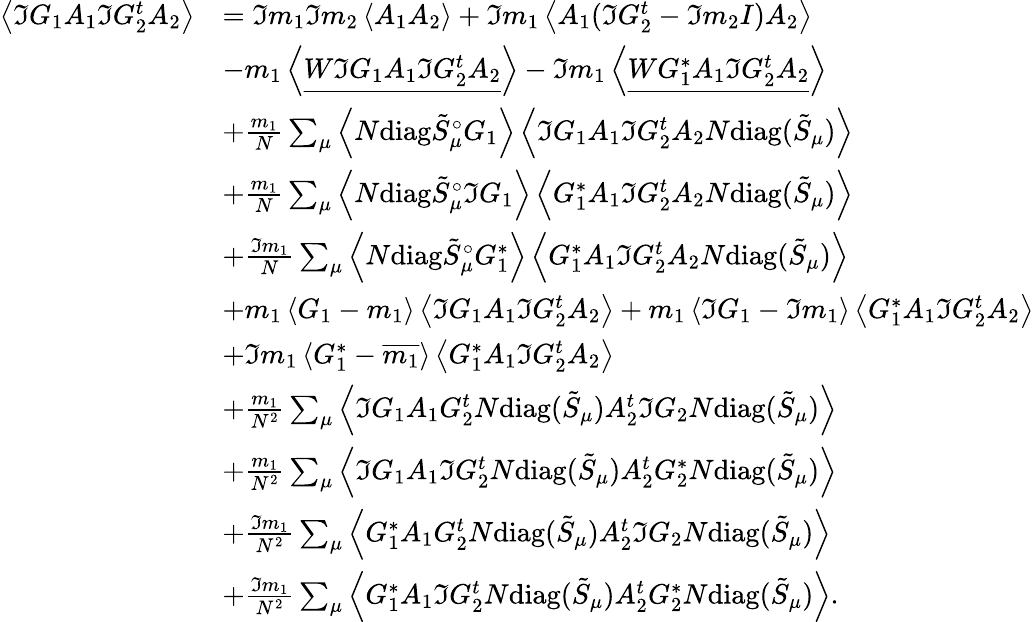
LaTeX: \begin{array}{rl}{\left\langle{\Im G_{1}A_{1}\Im G_{2}^{t}A_{2}}\right\rangle}&{=\Im m_{1}\Im m_{2}\left\langle{A_{1}A_{2}}\right\rangle+\Im m_{1}\left\langle{A_{1}(\Im G_{2}^{t}-\Im m_{2}I)A_{2}}\right\rangle}\\ &{-m_{1}\left\langle{\underline{{W\Im G_{1}A_{1}\Im G_{2}^{t}A_{2}}}}\right\rangle-\Im m_{1}\left\langle{\underline{{WG_{1}^{*}A_{1}\Im G_{2}^{t}A_{2}}}}\right\rangle}\\ &{+\frac{m_{1}}{N}\sum_{\mu}\left\langle{N\mathrm{diag}\tilde{S}_{\mu}^{\circ}G_{1}}\right\rangle\left\langle{\Im G_{1}A_{1}\Im G_{2}^{t}A_{2}N\mathrm{diag}(\tilde{S}_{\mu})}\right\rangle}\\ &{+\frac{m_{1}}{N}\sum_{\mu}\left\langle{N\mathrm{diag}\tilde{S}_{\mu}^{\circ}\Im G_{1}}\right\rangle\left\langle{G_{1}^{*}A_{1}\Im G_{2}^{t}A_{2}N\mathrm{diag}(\tilde{S}_{\mu})}\right\rangle}\\ &{+\frac{\Im m_{1}}{N}\sum_{\mu}\left\langle{N\mathrm{diag}\tilde{S}_{\mu}^{\circ}G_{1}^{*}}\right\rangle\left\langle{G_{1}^{*}A_{1}\Im G_{2}^{t}A_{2}N\mathrm{diag}(\tilde{S}_{\mu})}\right\rangle}\\ &{+m_{1}\left\langle{G_{1}-m_{1}}\right\rangle\left\langle{\Im G_{1}A_{1}\Im G_{2}^{t}A_{2}}\right\rangle+m_{1}\left\langle{\Im G_{1}-\Im m_{1}}\right\rangle\left\langle{G_{1}^{*}A_{1}\Im G_{2}^{t}A_{2}}\right\rangle}\\ &{+\Im m_{1}\left\langle{G_{1}^{*}-\overline{{m_{1}}}}\right\rangle\left\langle{G_{1}^{*}A_{1}\Im G_{2}^{t}A_{2}}\right\rangle}\\ &{+\frac{m_{1}}{N^{2}}\sum_{\mu}\left\langle{\Im G_{1}A_{1}G_{2}^{t}N\mathrm{diag}(\tilde{S}_{\mu})A_{2}^{t}\Im G_{2}N\mathrm{diag}(\tilde{S}_{\mu})}\right\rangle}\\ &{+\frac{m_{1}}{N^{2}}\sum_{\mu}\left\langle{\Im G_{1}A_{1}\Im G_{2}^{t}N\mathrm{diag}(\tilde{S}_{\mu})A_{2}^{t}G_{2}^{*}N\mathrm{diag}(\tilde{S}_{\mu})}\right\rangle}\\ &{+\frac{\Im m_{1}}{N^{2}}\sum_{\mu}\left\langle{G_{1}^{*}A_{1}G_{2}^{t}N\mathrm{diag}(\tilde{S}_{\mu})A_{2}^{t}\Im G_{2}N\mathrm{diag}(\tilde{S}_{\mu})}\right\rangle}\\ &{+\frac{\Im m_{1}}{N^{2}}\sum_{\mu}\left\langle{G_{1}^{*}A_{1}\Im G_{2}^{t}N\mathrm{diag}(\tilde{S}_{\mu})A_{2}^{t}G_{2}^{*}N\mathrm{diag}(\tilde{S}_{\mu})}\right\rangle.}\end{array}